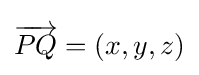
{\overset {}{\overrightarrow {PQ}}}=(x,y,z)